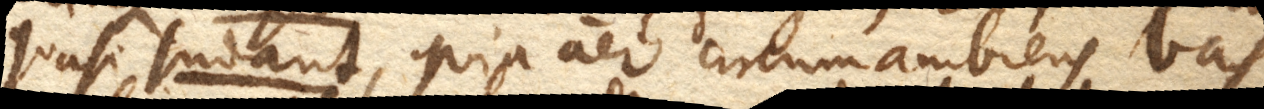
quasi sudant, quia aer circumambiens vas